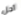
أجل